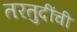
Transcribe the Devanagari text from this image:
तरतुदींची